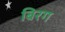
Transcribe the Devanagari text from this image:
बिरग